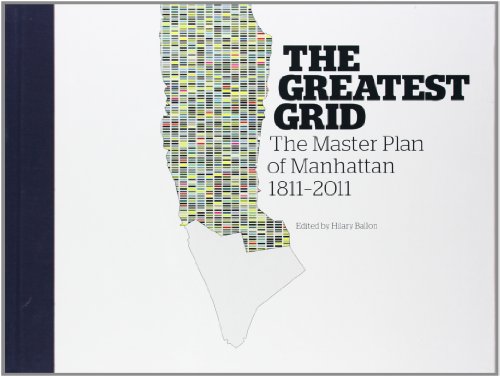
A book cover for The Greatest Grid: The Master Plan of Manhattan, 1811-2011; Politics & Social Sciences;